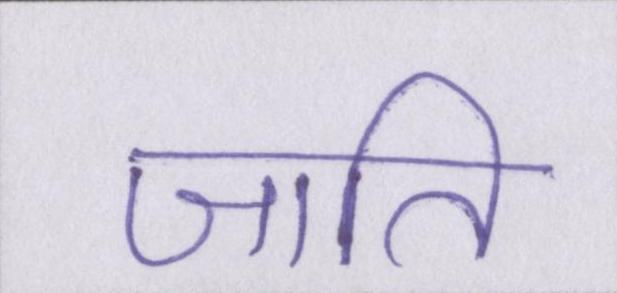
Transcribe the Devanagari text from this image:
जाति